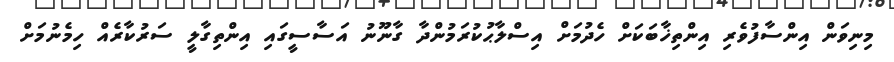
މިނިވަން އިންސާފުވެރި އިންތިޚާބަކަށް ހެދުމަށް އިސްލާޙުކުރަމުންދާ ގާނޫނު އަސާސީގައި އިންތިގާލީ ސަރުކާރެއް ހިމެނުމަށް